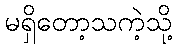
မရှိတော့သကဲ့သို့